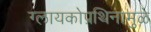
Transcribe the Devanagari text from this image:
ग्लायकोप्रथिनामुळे